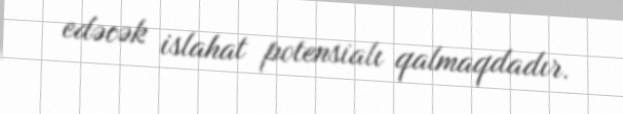
edəcək islahat potensialı qalmaqdadır.